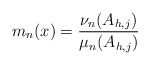
\begin{align*}m_{n}(x)= \frac{ \nu_n(A_{h,j}) }{ \mu_n(A_{h,j})}\end{align*}